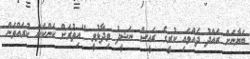
ބަޔާނަށް ރައްދު ދެއްވައި ކުރީގެ ރައީސް ނަޝީދު ވިދާޅުވީ "އިތުރަށް ކަންކަން ކުރައްވަން